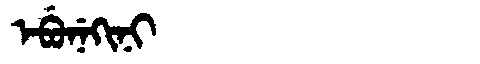
Manchu: ᡝᠪᡠᠨᡝᡴᡳᠨᡳ
Romanization: EBUNEKINI